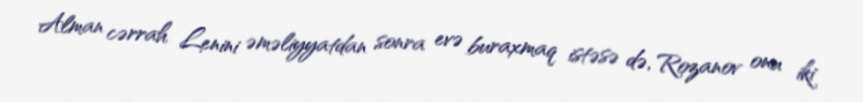
Alman cərrah Lenini əməliyyatdan sonra evə buraxmaq istəsə də, Rozanov onu iki